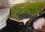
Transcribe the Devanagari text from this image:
येण्यावरून